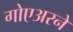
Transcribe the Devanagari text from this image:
गोएअरने